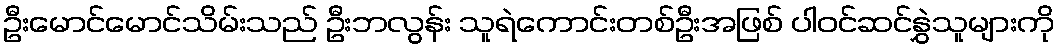
ဦးမောင်မောင်သိမ်းသည် ဦးဘလွန်း သူရဲကောင်းတစ်ဦးအဖြစ် ပါဝင်ဆင်နွှဲသူများကို